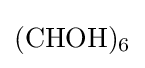
{(\mathrm {CHOH} ){\vphantom {A}}_{\smash[{t}]{6}}}